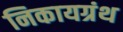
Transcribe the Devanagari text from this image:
निकायग्रंथ